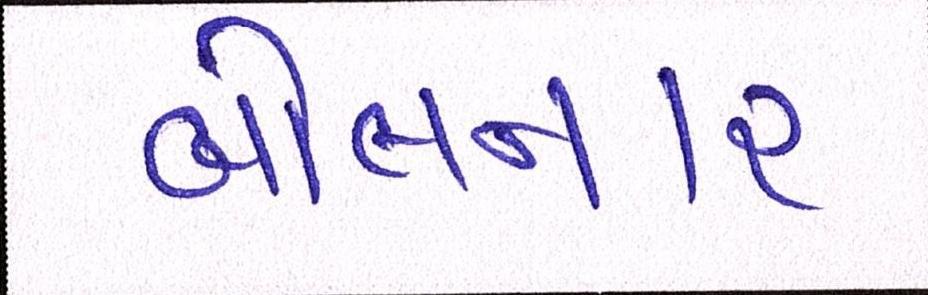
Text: બોલનાર